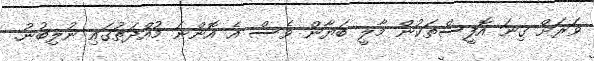
ވަރަށް ގިނަ އޮފީސްތަކުން މާލީ ބަޔާން ވެސް އެ އޮންނަ މުއްދަތުގައި ނުލިބުނު.